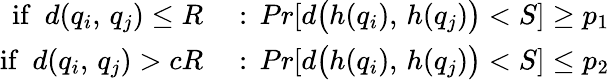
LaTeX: \begin{array}{rl}{\mathrm{if}\, \, \, d(q_{i},\, q_{j})\leq R}&{{}:\, Pr[d\big(h(q_{i}),\, h(q_{j})\big)<S]\geq p_{1}}\\ {\mathrm{if}\, \, \, d(q_{i},\, q_{j})>cR}&{{}:\, Pr[d\big(h(q_{i}),\, h(q_{j})\big)<S]\leq p_{2}}\end{array}